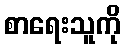
စာရေးသူကို